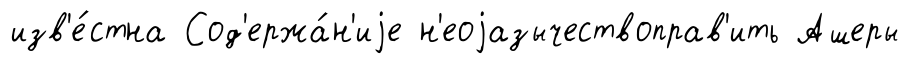
изв'е́стна Сод'ержа́н'иjе н'еоjазычествоправ'ить Ашеры